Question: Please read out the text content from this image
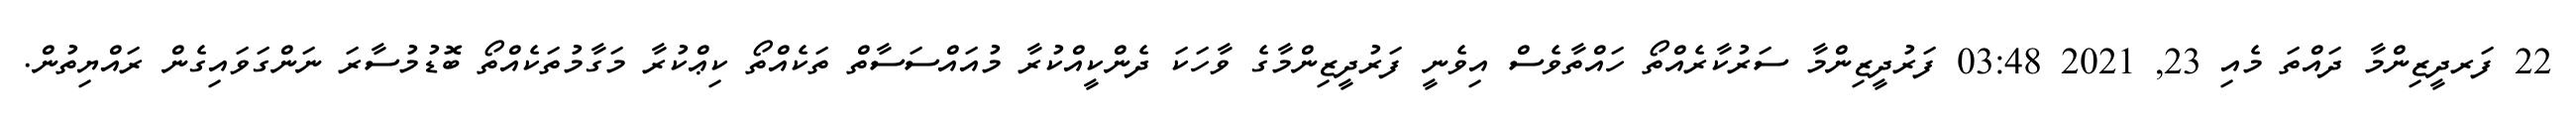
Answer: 22 ފަރދީޒިންމާ ދައްތަ މެއި 23, 2021 03:48 ފަރުދީޒިންމާ ސަރުކާރެއްތޯ ހައްތާވެސް އިވެނީ ފަރުދީޒިންމާގެ ވާހަކަ ދެންކީއްކުރާ މުއައްސަސާތް ތަކެއްތޯ ކިޢްކުރާ މަގާމުތަކެއްތޯ ބޮޑުމުސާރަ ނަންގަވައިގެން ރައްޔިތުން.